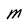
Character: M